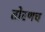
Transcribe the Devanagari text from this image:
तोरणच